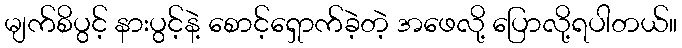
မျက်စိပွင့် နားပွင့်နဲ့ စောင့်ရှောက်ခဲ့တဲ့ အဖေလို့ ပြောလို့ရပါတယ်။